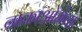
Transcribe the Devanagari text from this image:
नाकाओमेचा